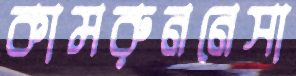
কামরুননেসা